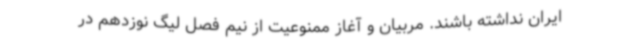
ایران نداشته باشند. مربیان و آغاز ممنوعیت از نیم ‌فصل لیگ نوزدهم در